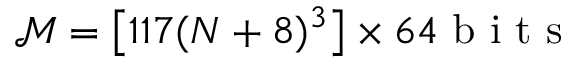
\mathcal { M } = \left[ 1 1 7 ( N + 8 ) ^ { 3 } \right] \times 6 4 \mathrm { ~ b ~ i ~ t ~ s ~ }